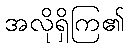
အလိုရှိကြ၏